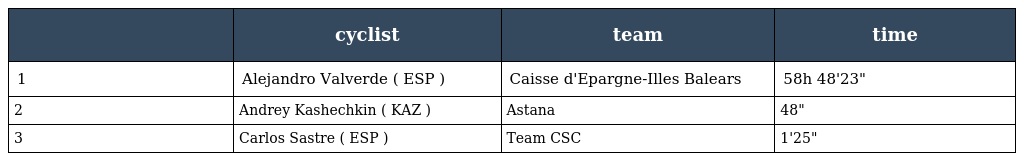
|  | cyclist | team | time |
 | --- | --- | --- | --- |
 | 1 | Alejandro Valverde ( ESP ) | Caisse d'Epargne-Illes Balears | 58h 48'23" |
 | 2 | Andrey Kashechkin ( KAZ ) | Astana | 48" |
 | 3 | Carlos Sastre ( ESP ) | Team CSC | 1'25" |